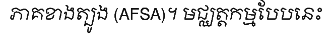
ភាគខាងត្បូង (AFSA)។ មជ្ឈត្តកម្មបែបនេះ